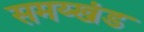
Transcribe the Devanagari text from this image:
समय्खंड